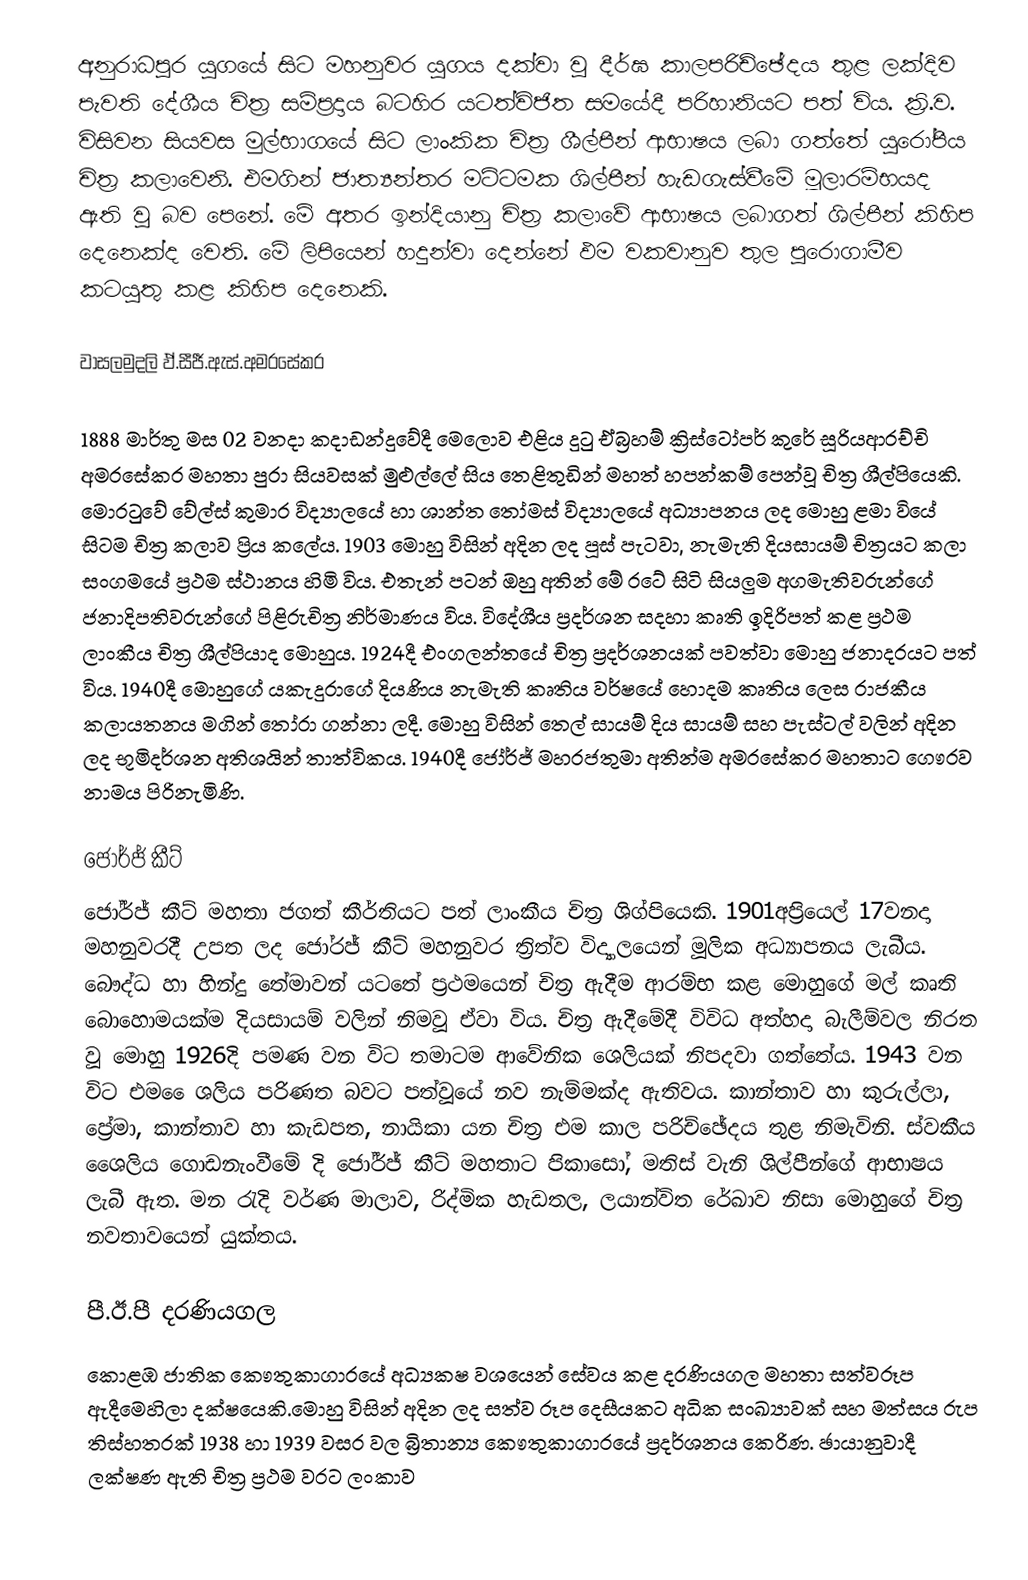
අනුරාධපුර යුගයේ සිට මහනුවර යුගය දක්වා වු දීර්ඝ කාලපරිච්ඡේදය තුළ ලක්දිව පැවති දේශීය චිත්‍ර සම්ප්‍රදාය බටහිර යටත්විජිත සමයේදී පරිහානියට පත් විය. ක්‍රි.ව. විසිවන සියවස මුල්භාගයේ සිට ලාංකික චිත්‍ර ශීල්පීන් ආභාෂය ලබා ගත්තේ යුරෝපීය චිත්‍ර කලාවෙනි. එමගින් ජාත්‍යන්තර මට්ටමක ශිල්පීන් හැඩගැස්වීමේ මූලාරම්භයද ඇති වූ බව පෙනේ. මේ අතර ඉන්දියානු චිත්‍ර කලාවේ ආභාෂය ලබාගත් ශිල්පීන් කිහිප දෙනෙක්ද වෙති. මේ ලිපියෙන් හදුන්වා දෙන්නේ ඵම වකවානුව තුල පුරොගාමීව කටයුතු කළ කිහිප දෙනෙකි.

වාසලමුදලි ඵ්.සීජී.ඇස්.අමරසේකර

1888 මාර්තු මස 02 වනදා කදාඩන්දුවේදී මෙලොව එළිය දුටු ඒබ්‍රහම් ක්‍රිස්ටෝපර් කුරේ සූරියආරච්චි අමරසේකර මහතා පුරා සියවසක් මුළුල්ලේ සිය තෙළිතුඩින් මහත් හපන්කම් පෙන්වූ චිත්‍ර ශීල්පියෙකි. මොරටුවේ වේල්ස් කුමාර විද්‍යාල‍යේ හා ශාන්ත තෝමස් විද්‍යාලයේ අධ්‍යාපනය ලද මොහු ළමා වියේ සිටම චිත්‍ර කලාව ප්‍රිය කලේය. 1903 මොහු විසින් අදින ලද පූස් පැටවා, නැමැති දියසායම් චිත්‍රයට කලා සංගමයේ ප්‍රථම ස්ථානය හිමි විය. එතැන් පටන් ඔහු අතින් මේ රටේ සිටි සියලුම අගමැතිවරුන්ගේ ජනාදිපතිවරුන්ගේ පිළිරුචිත්‍ර නිර්මාණය විය. විදේශීය ප්‍රදර්ශන සදහා කෘති ඉදිරිපත් කළ ප්‍රථම ලාංකීය චිත්‍ර ශීල්පියාද මොහුය. 1924දී එංගලන්තයේ චිත්‍ර ප්‍රදර්ශනයක් පවත්වා මොහු ජනාදරයට පත් විය. 1940දී මොහුගේ යකැදුරාගේ දියණිය නැමැති කෘතිය වර්ෂයේ හොදම කෘතිය ලෙස රාජකීය කලායතනය මගින් තෝරා ගන්නා ලදී. මොහු විසින් තෙල් සායම් දිය සායම් සහ පැස්ටල් වලින් අදින ලද භූමිදර්ශන අතිශයින් තාත්විකය. 1940දී ජෝර්ජ් මහරජතුමා අතින්ම අමරසේකර මහතාට ගෞරව නාමය පිරිනැමිණි.

ජෝර්ජ් කීට්
ජෝර්ජ් කීට් මහතා ජගත් කීර්තියට පත් ලාංකීය චිත්‍ර ශිග්පියෙකි. 1901අප්‍රියෙල් 17වනදා මහනුවරදී උපත ලද ජෝරජ් කීට් මහනුවර ත්‍රිත්ව විද්‍යාලයෙන් මූලික අධ්‍යාපනය ලැබීය. බෞද්ධ හා හින්දු තේමාවන් යටතේ ප්‍රථමයෙන් චිත්‍ර ඇදීම ආරම්භ කළ මොහුගේ මල් කෘති බොහොමයක්ම දියසායම් වලින් නිමවූ ඒවා විය. චිත්‍ර ඇදීමේදී විවිධ අත්හදා බැලීම්වල නිරත වූ මොහු 1926දි පමණ වන විට තමාටම ආවේනික ශෙලියක් නිපදවා ගත්තේය. 1943 වන විට එම ‍‍ෛශලිය  පරිණත බවට පත්වූයේ නව නැම්මක්ද ඇතිවය. කාන්තාව හා කුරුල්ලා, ප්‍රේමා, කාන්තාව හා කැඩපත, නායිකා යන චිත්‍ර එම කාල පරිච්ඡේදය තුළ නිමැවිනි. ස්වකීය ශෛලිය ගොඩනැංවීමේ දි ජෝර්ජ් කීට් මහතාට පිකාසෝ, මතිස් වැනි ශිල්පීන්ගේ ආභාෂය ලැබී ඇත. මන රැදි වර්ණ මාලාව, රිද්මික හැඩතල, ලයාන්විත රේඛාව නිසා මොහුගේ චිත්‍ර නවතාවයෙන් යුක්තය.

පී.ඊ.පී දරණියගල
කොළඹ ජාතික කෞතුකාගාරයේ අධ්‍යකෂ වශයෙන් සේවය කළ දරණියගල මහතා සත්වරූප ඇදීමෙහිලා දක්ෂයෙකි.මොහු විසින් අදින ලද සත්ව රූප දෙසීයකට අධික සංඛ්‍යාවක් සහ මත්සය රුප තිස්හතරක් 1938 හා 1939 වසර වල බ්‍රිතාන්‍ය කෞතුකාගාරයේ ප්‍රදර්ශනය කෙරිණ. ඡායානුවාදී ලක්ෂණ ඇති චිත්‍ර ප්‍රථම වරට ලංකාව